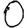
Digit: 0